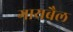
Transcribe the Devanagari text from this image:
गायबैल